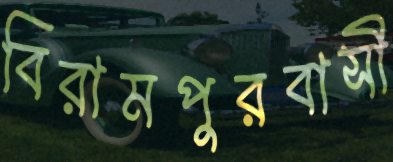
বিরামপুরবাসী